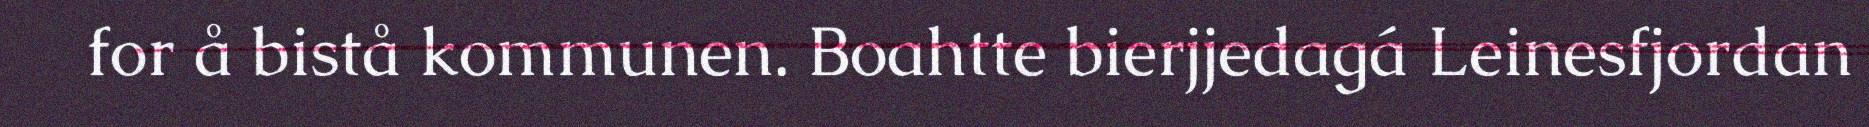
for å bistå kommunen. Boahtte bierjjedagá Leinesfjordan